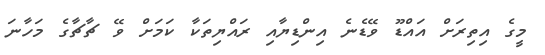
މީގެ އިތިރަށް އައްޑޫ ވޭޑެނެ އިންޑިޔާއި ރައްޔިތަކާ ކަމަށް ވޭ ޗާޗާގެ މަހާނަ